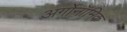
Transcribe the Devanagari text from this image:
अर्गोनॉमिक